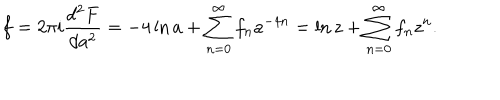
LaTeX: f = 2 \pi i \frac { d ^ { 2 } F } { d a ^ { 2 } } = - 4 \ln a + \sum _ { n = 0 } ^ { \infty } f _ { n } a ^ { - 4 n } = \ln z + \sum _ { n = 0 } ^ { \infty } f _ { n } z ^ { n } .